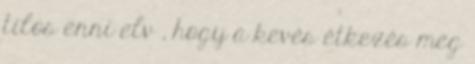
tilos enni elv , hogy a kevés étkezés meg